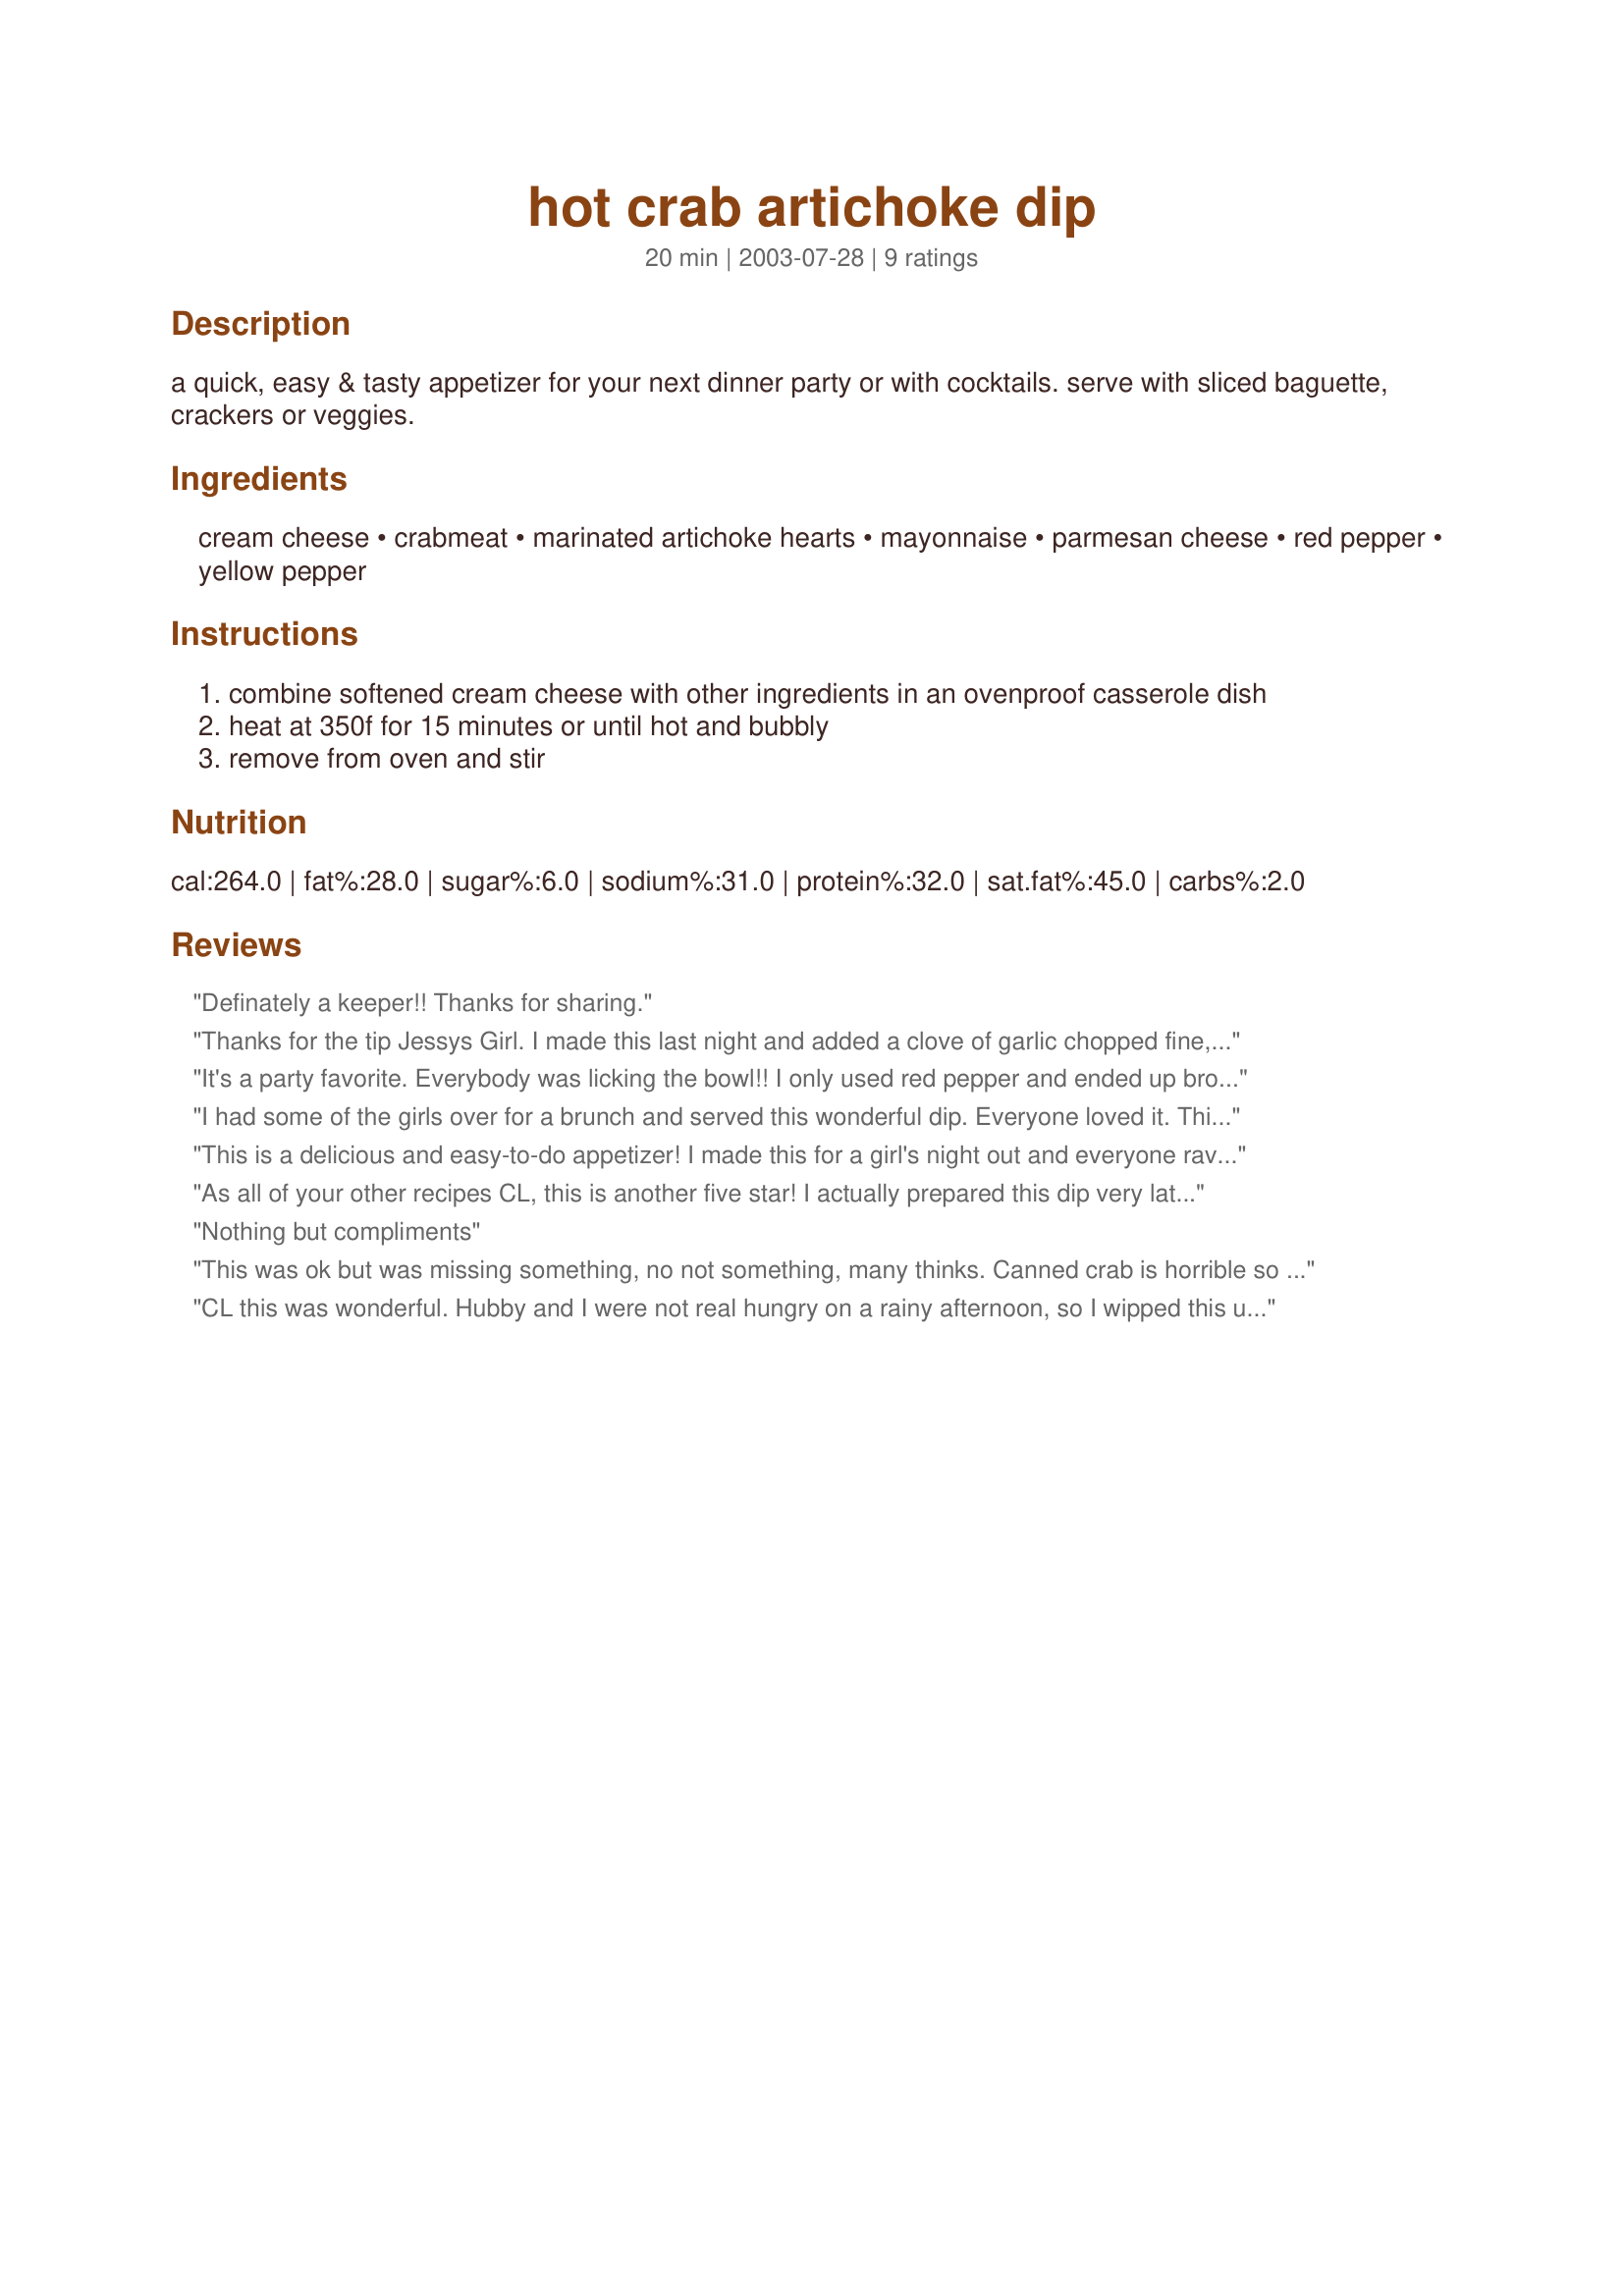
hot crab artichoke dip
Preparation time: 20 minutes

a quick, easy & tasty appetizer for your next dinner party or with cocktails. serve with sliced baguette, crackers or veggies.

Ingredients:
cream cheese, crabmeat, marinated artichoke hearts, mayonnaise, parmesan cheese, red pepper, yellow pepper

Steps:
combine softened cream cheese with other ingredients in an ovenproof casserole dish
heat at 350f for 15 minutes or until hot and bubbly
remove from oven and stir

Reviews:
Definately a keeper!!
Thanks for sharing.
Thanks for the tip Jessys Girl. I made this last night and added a clove of garlic chopped fine, some chives, chopped green onion and tabasco. It was excellent with the seasonings
It's a party favorite. Everybody was licking the bowl!! I only used red pepper and ended up broiling it becase I got too impatient for it to heat at 350....which gave it a tiny bit of a crispness on the top layer. Yum!
I had some of the girls over for a brunch and served this wonderful dip. Everyone loved it. This is a great tasty dish that is so easy to throw together. The red and yellow peppers add a nice colorful touch. I served it with assorted crackers. Thank you sooo much, CountryLady, for sharing this. I plan to make it many many times. :-)

This is a delicious and easy-to-do appetizer! I made this for a girl's night out and everyone raved about it. Served it with melba toast rounds and buttery crackers. Thanks for sharing this- it's a definite keeper, CountryLady!
As all of your other recipes CL, this is another five star!
I actually prepared this dip very late in the afternoon and kept it in the fridge to blend the flavors. I took it over to a small get together at a friend's house later in the evening, and just warmed it in there microwave. I doubled the recipe, added a little fresh minced garlic, and used only red peppers. This was an absolute hit! there was not one spoonful left, it all went... everyone really enjoyed it, and I sent home the recipe with two people. CL, thanks so much for another winner.... great appy recipe! This will be a repeater at my Chrismas party coming up soon!.....Kitten:)
Nothing but compliments
This was ok but was missing something, no not something, many thinks. Canned crab is horrible so I would never make this again unless I used fresh crab. Also, the taste was too bland, it needs garlic or something. I was not impressed and ended up throwing most of it out.
CL this was wonderful. Hubby and I were not real hungry on a rainy afternoon, so I wipped this up and we snacked on it with assorted crackers. I made as is except added some crushed red pepper. Very nice recipe.
